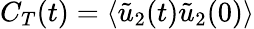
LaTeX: C_{T}(t)=\langle\tilde{u}_{2}(t)\tilde{u}_{2}(0)\rangle